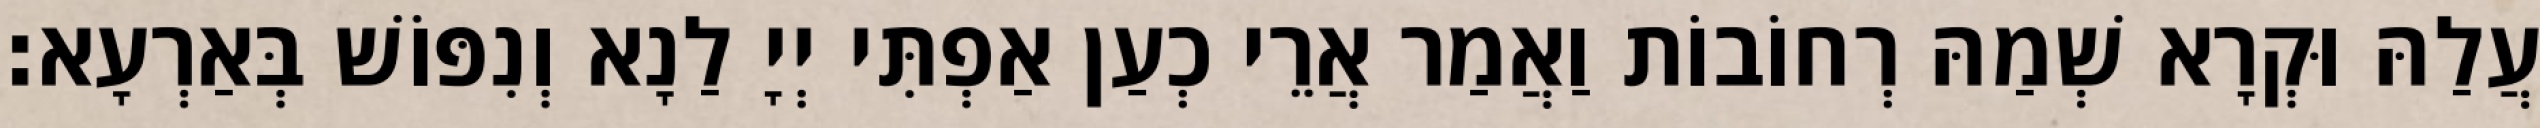
עֲלַהּ וּקְרָא שְׁמַהּ רְחוֹבוֹת וַאֲמַר אֲרֵי כְעַן אַפְתִּי יְיָ לַנָא וְנִפּוֹשׁ בְּאַרְעָא׃